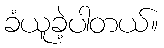
ခံယူခဲ့ပါတယ်။